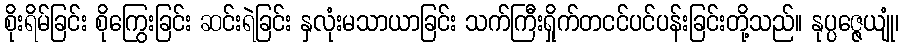
စိုးရိမ်ခြင်း စိုကြွေးခြင်း ဆင်းရဲခြင်း နှလုံးမသာယာခြင်း သက်ကြီးရှိုက်တငင်ပင်ပန်းခြင်းတို့သည်။ နုပ္ပဇ္ဇေယျုံ၊